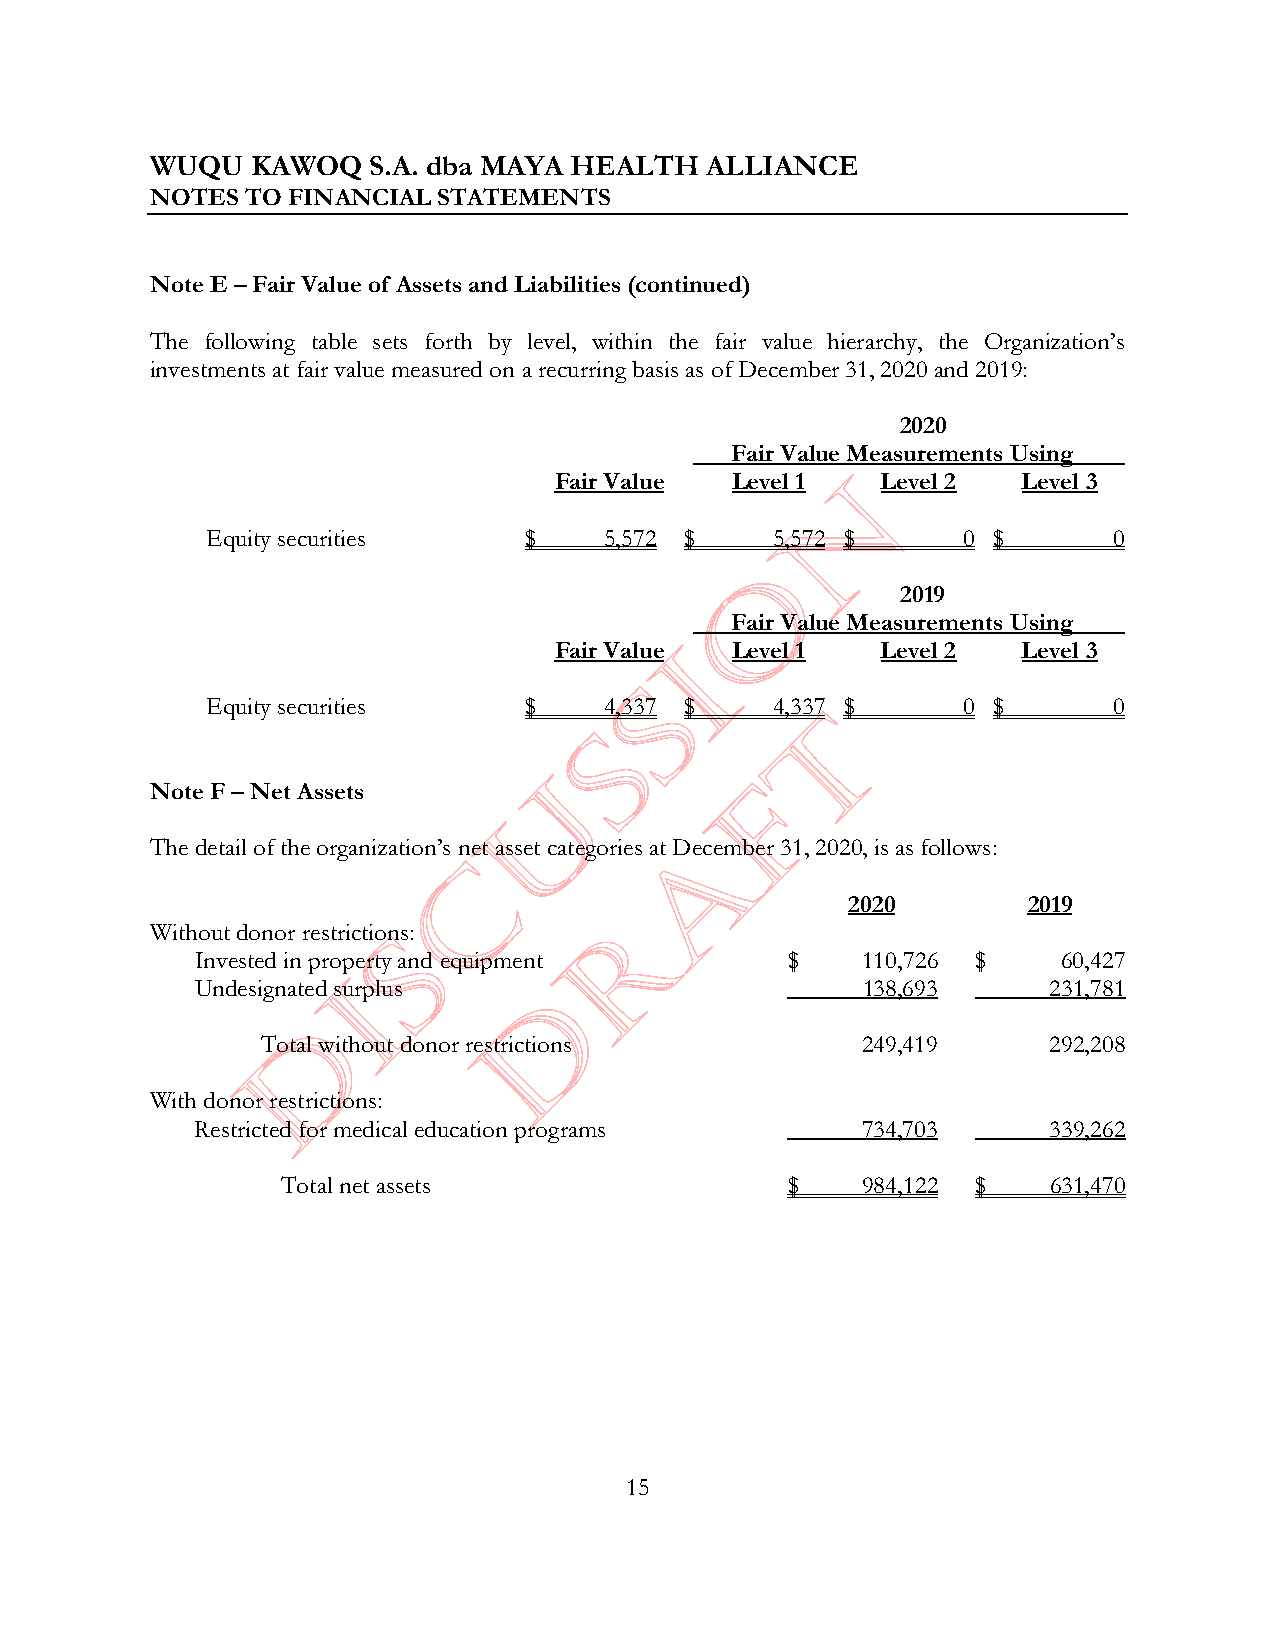
WUQU   KAWOQ  S.A. dba MAYA HEALTH   ALLIANCE
 NOTES TO FINANCIAL STATEMENTS
 Note E –Fair Value of Assets and Liabilities (continued)
 The following table sets forth by level, within the fair value hierarchy, the Organization’s
 investments at fair value measured on a recurring basis as of December 31, 2020and 2019:
 2020
 Fair Value Measurements Using
 Fair Value Level 1   Level 2   Level 3
 Equity securities    $    5,572 $    5,572 $      0 $       0
 2019
 Fair Value Measurements Using
 Fair Value Level 1   Level 2   Level 3
 Equity securities    $    4,337 $    4,337 $      0 $       0
 Note F –Net Assets
 The detail of the organization’s net asset categories at December 31, 2020, is as follows:
 2020        2019
 Without donor restrictions:
 Invested in property and equipment     $    110,726 $    60,427
 Undesignated surplus                        138,693      231,781
 Total without donor restrictions        249,419      292,208
 With donor restrictions:
 Restricted for medical education programs   734,703      339,262
 Total net assets                 $    984,122 $    631,470
 15